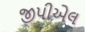
જીપીએલ